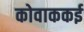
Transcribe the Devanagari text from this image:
कोवाककई